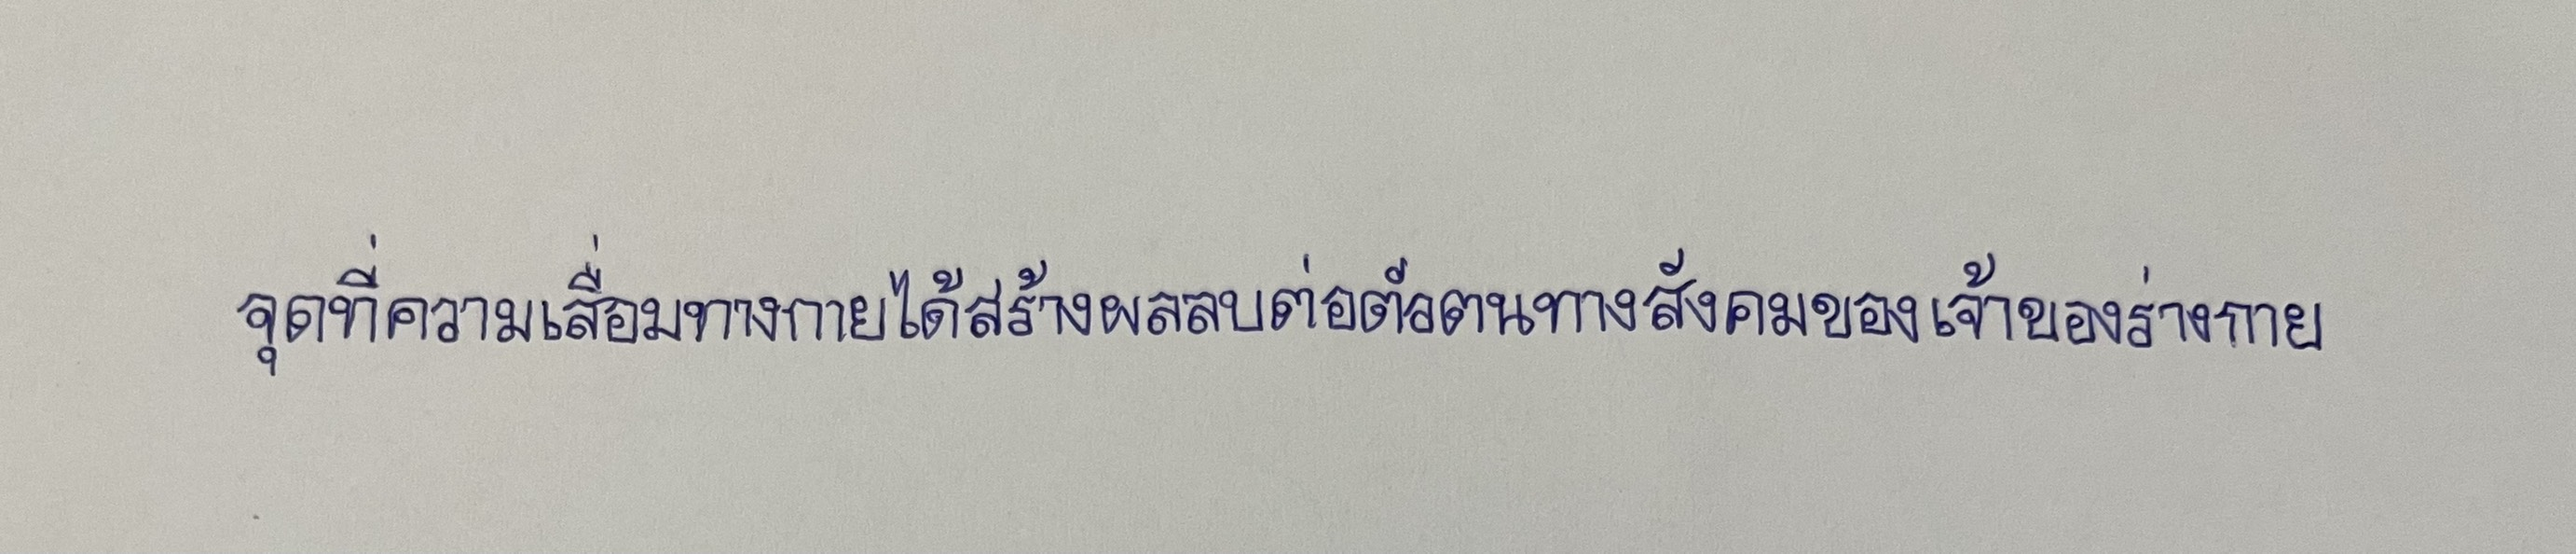
จุดที่ความเสื่อมทางกายได้สร้างผลลบต่อตัวตนทางสังคมของเจ้าของร่างกาย